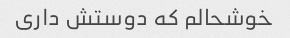
خوشحالم که دوستش داری